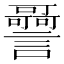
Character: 𧭳